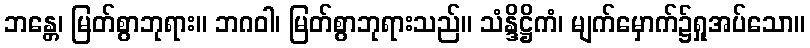
ဘန္တေ၊ မြတ်စွာဘုရား။ ဘဂဝါ၊ မြတ်စွာဘုရားသည်။ သံန္ဒိဋ္ဌိကံ၊ မျက်မှောက်၌ရှုအပ်သော။